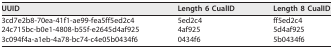
| UUID | Length 6 CualID | Length 8 CualID |
 | --- | --- | --- |
 | 3cd7e2b8-70ea-41f1-ae99-fea5ff5ed2c4 | 5ed2c4 | ff5ed2c4 |
 | 24c715bc-b0e1-4808-b55f-e2645d4af925 | 4af925 | 5d4af925 |
 | 3c094f4a-a1eb-4a78-bc74-c4e05b0434f6 | 0434f6 | 5b0434f6 |